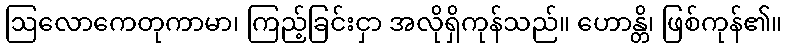
ဩလောကေတုကာမာ၊ ကြည့်ခြင်းငှာ အလိုရှိကုန်သည်။ ဟောန္တိ၊ ဖြစ်ကုန်၏။